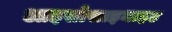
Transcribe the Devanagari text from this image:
आइसोसाइनाइट